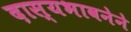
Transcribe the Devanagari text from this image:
दास्यभावनेने